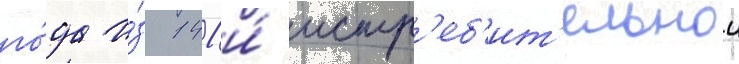
го́да и́з 141-и́ истр'еб'ит'ельнои